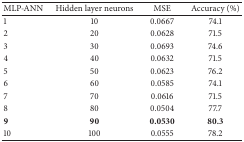
<table><thead><tr><td><b>MLP-ANN</b></td><td><b>Hidden layer neurons</b></td><td><b>MSE</b></td><td><b>Accuracy (%)</b></td></tr></thead><tbody><tr><td>1</td><td>10</td><td>0.0667</td><td>74.1</td></tr><tr><td>2</td><td>20</td><td>0.0628</td><td>71.5</td></tr><tr><td>3</td><td>30</td><td>0.0693</td><td>74.6</td></tr><tr><td>4</td><td>40</td><td>0.0632</td><td>71.5</td></tr><tr><td>5</td><td>50</td><td>0.0623</td><td>76.2</td></tr><tr><td>6</td><td>60</td><td>0.0585</td><td>74.1</td></tr><tr><td>7</td><td>70</td><td>0.0616</td><td>71.5</td></tr><tr><td>8</td><td>80</td><td>0.0504</td><td>77.7</td></tr><tr><td><b>9</b></td><td><b>90</b></td><td><b>0.0530</b></td><td><b>80.3</b></td></tr><tr><td>10</td><td>100</td><td>0.0555</td><td>78.2</td></tr></tbody></table>